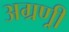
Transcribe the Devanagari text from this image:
अग्रण्री